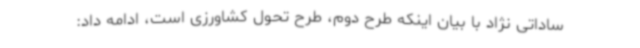
ساداتی نژاد با بیان اینکه طرح دوم، طرح تحول کشاورزی است، ادامه داد: